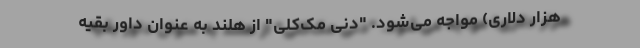
هزار دلاری) مواجه می‌شود. "دنی مک‌کلی" از هلند به عنوان داور بقیه